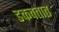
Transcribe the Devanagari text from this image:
डकवतात